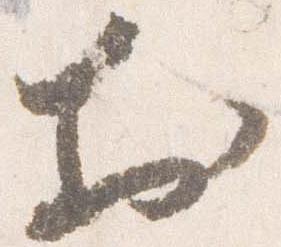
於